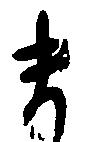
ま